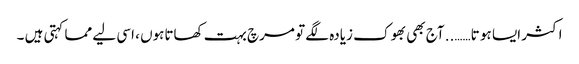
اکثر ایسا ہو تا…….. آج بھی بھوک زیادہ لگے تو مرچ بہت کھاتاہوں ، اسی لیے مما کہتی ہیں ۔